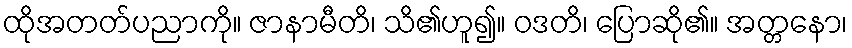
ထိုအတတ်ပညာကို။ ဇာနာမီတိ၊ သိ၏ဟူ၍။ ဝဒတိ၊ ပြောဆို၏။ အတ္တနော၊